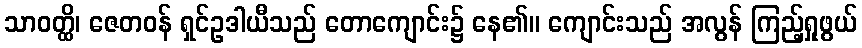
သာဝတ္ထိ၊ ဇေတဝန် ရှင်ဥဒါယီသည် တောကျောင်း၌ နေ၏။ ကျောင်းသည် အလွန် ကြည့်ရှုဖွယ်